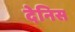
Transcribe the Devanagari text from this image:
देनिस